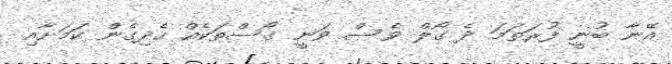
އޭނާ ބުނީ ފުރަތަމަ ދެ ގޯލް ވެސް ވަނީ ގޯސްތަކެއް ހެދިގެން ކަމަށާއި